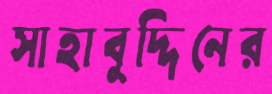
সাহাবুদ্দিনের